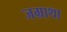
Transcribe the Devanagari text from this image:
जग्राथा